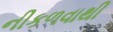
નીકળવાથી